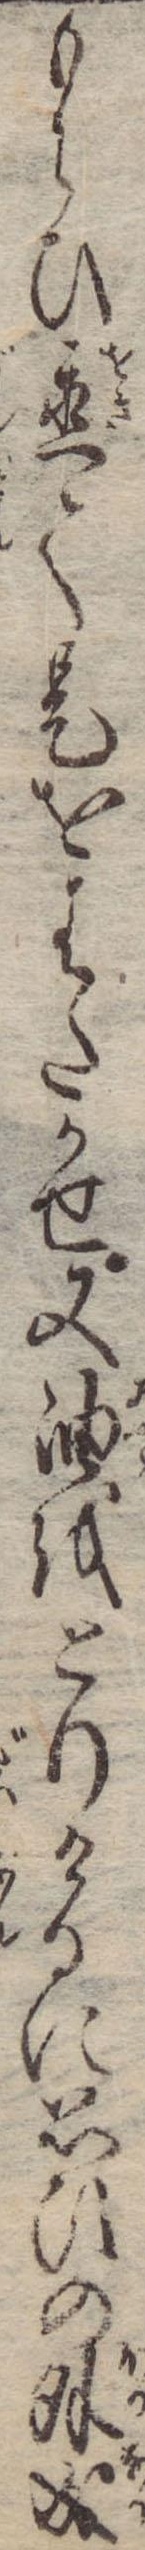
もらひ置て是をはたかせ又油をとりけるに思ひの外成